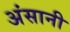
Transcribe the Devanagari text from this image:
अंसानी